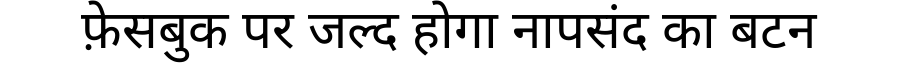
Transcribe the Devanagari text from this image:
फ़ेसबुक पर जल्द होगा नापसंद का बटन